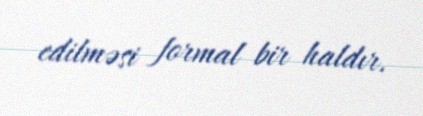
edilməsi formal bir haldır.